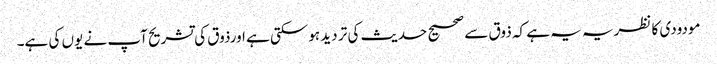
مودودی کا نظریہ یہ ہے کہ ذوق سے صحیح حدیث کی تر دید ہوسکتی ہے اورذوق کی تشریح آپ نے یوں کی ہے۔